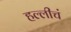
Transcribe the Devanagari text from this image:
हल्लीचं